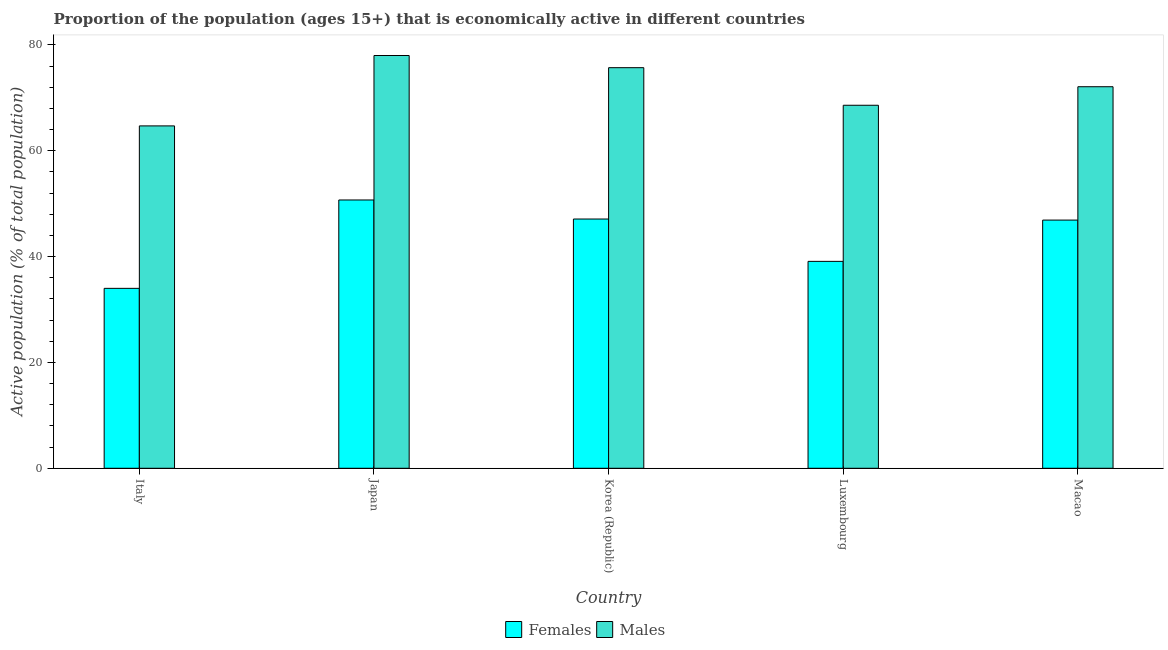
| Country | Females | Males |
 | --- | --- | --- |
 | Italy | 34 | 64.7 |
 | Japan | 50.7 | 78 |
 | Korea (Republic) | 47.1 | 75.7 |
 | Luxembourg | 39.1 | 68.6 |
 | Macao | 46.9 | 72.1 |